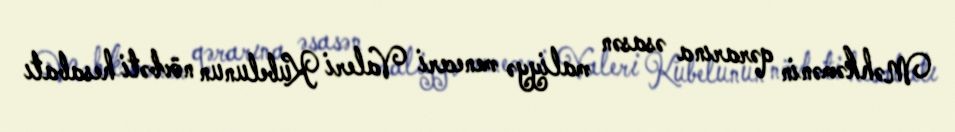
Məhkəmənin qərarına əsasən maliyyə meneceri Valeri Kubelunun növbəti hesabatı